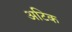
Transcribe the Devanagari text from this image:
अटिक